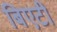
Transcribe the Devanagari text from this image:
बिएटी